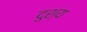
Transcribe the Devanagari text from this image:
दुश्‍य